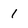
Character: 1